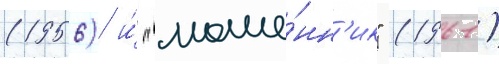
(1956) и́ "моше́нн'ик" (1961)